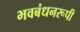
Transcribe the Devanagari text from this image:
भवबंधनरूपी